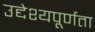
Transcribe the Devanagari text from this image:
उद्देश्यपूर्णता